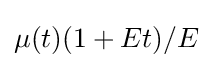
\mu (t)(1+Et)/E